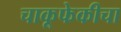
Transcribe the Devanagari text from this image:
चाकूफेकीचा